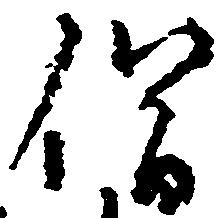
僧